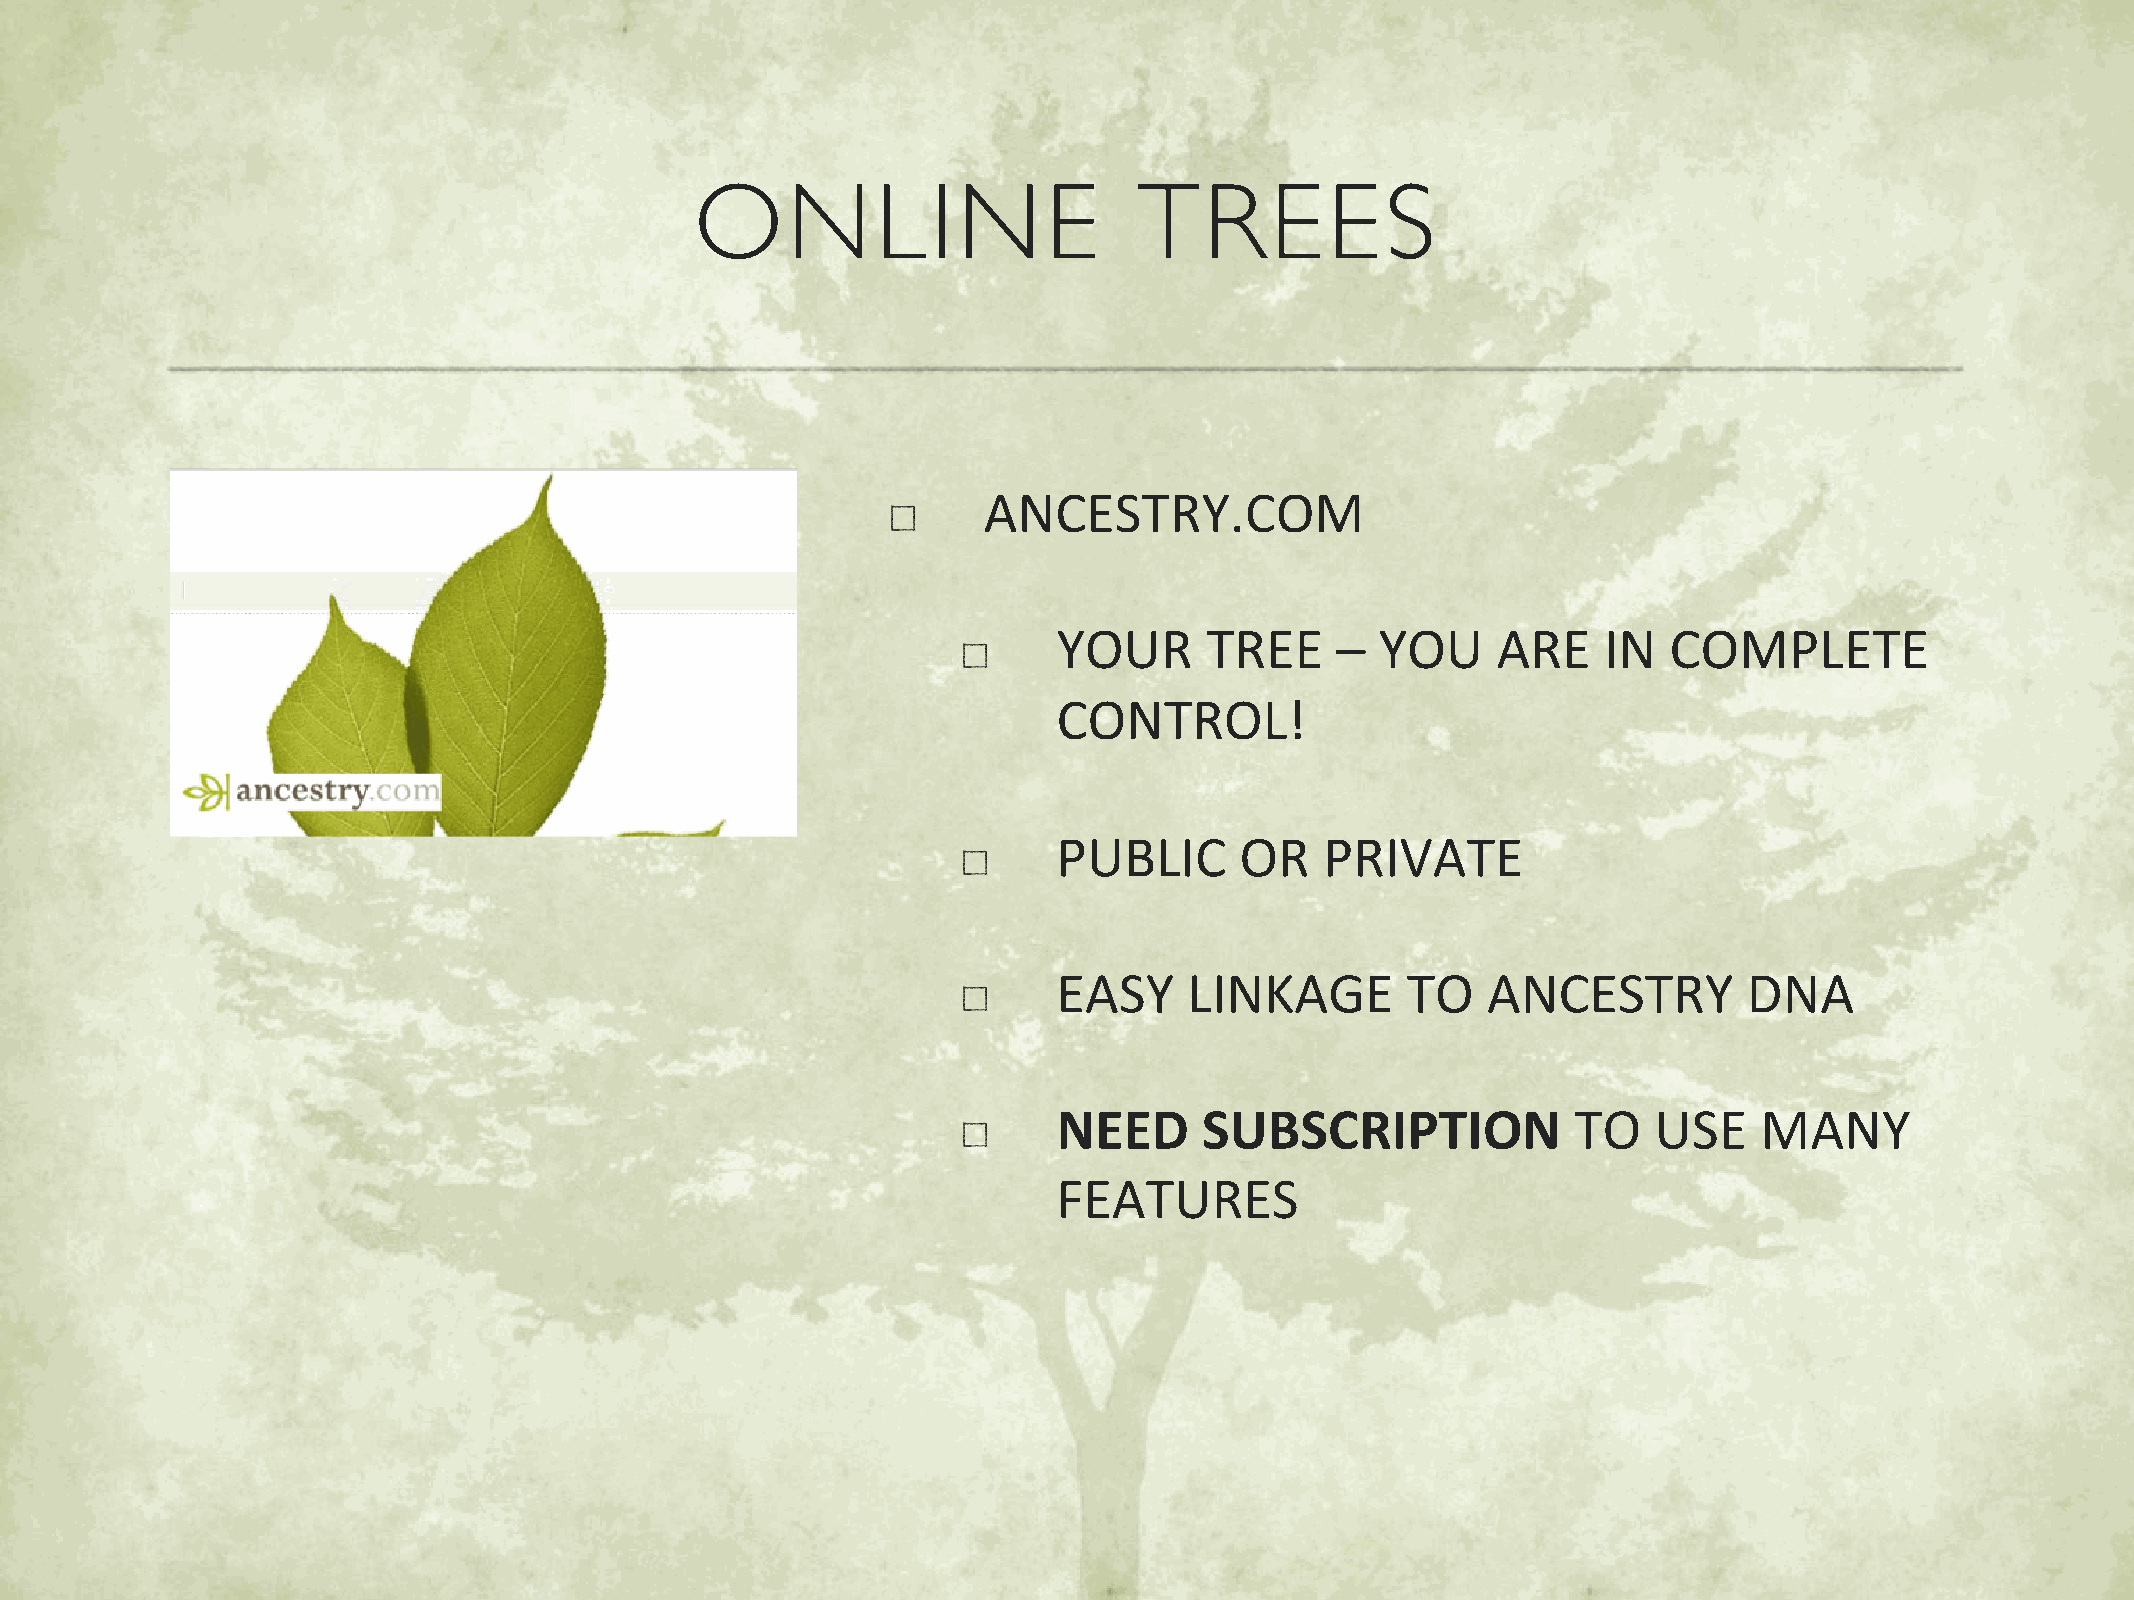
ONLINE                       TREES
 ANCESTRY.COM
 YOUR      TREE    –  YOU     ARE    IN  COMPLETE
 CONTROL!
 PUBLIC      OR    PRIVATE
 EASY     LINKAGE       TO   ANCESTRY          DNA
 NEED      SUBSCRIPTION            TO   USE     MANY
 FEATURES